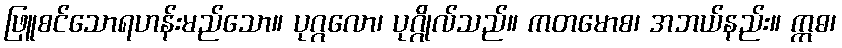
ဖြူစင်သောရဟန်းမည်သော။ ပုဂ္ဂလော၊ ပုဂ္ဂိုလ်သည်။ ကတမောစ၊ အဘယ်နည်း။ ဣဓ၊